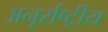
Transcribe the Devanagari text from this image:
अनृर्राष्ट्रीय